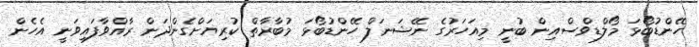
ހޭންޑުބޯޅަ މޯލްޑިވްސްއިން ބުނީ މިއަހަރުގެ ނޭޝަނަލް ހޭންޑުބޯޅަ މުބާރާތް ކުރިޔަށްގެންދަން ރާއްވާފައިވަނީ އެހެން